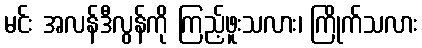
မင်း အလန်ဒီလွန်ကို ကြည့်ဖူးသလား၊ ကြိုက်သလား